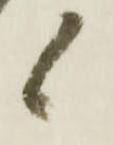
候